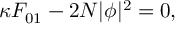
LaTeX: \kappa F _ { 0 1 } - 2 N | \phi | ^ { 2 } = 0 ,